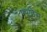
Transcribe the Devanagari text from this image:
फ्पुलिस